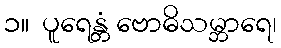
၁။  ပူရေန္တံ ဗောဓိသမ္ဘာရေ၊